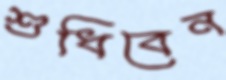
শুধিবেন